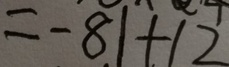
= - 8 1 + 1 2